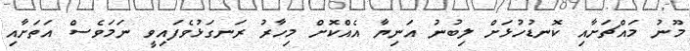
މޫނު މައްޗަށާއި ކޮނޑުހުޅަށް ލިބުނު އަނިޔާ އެއްކޮށް މިހާރު ރަނގަޅުވެފައިވީ ނަމަވެސް އަތަށާއި